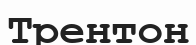
Трентон